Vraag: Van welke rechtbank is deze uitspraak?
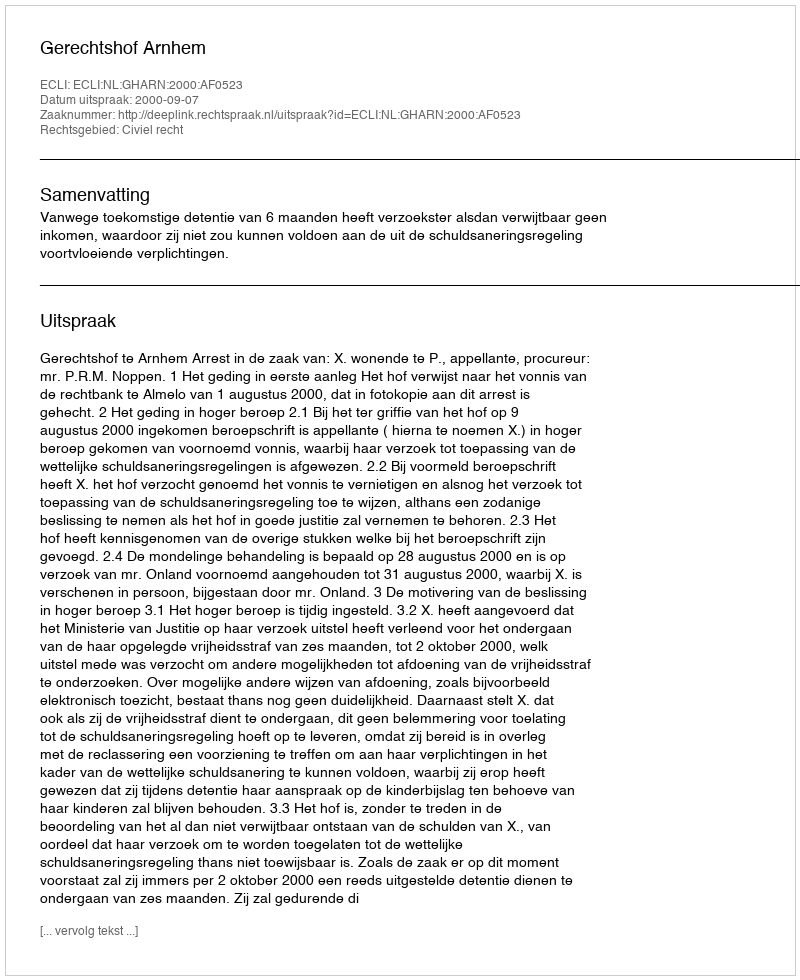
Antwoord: Gerechtshof Arnhem